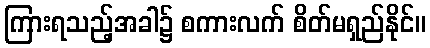
ကြားရသည့်အခါ၌ စကားလက် စိတ်မရှည်နိုင်။